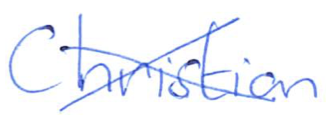
Text: Christian
Cross-out: mix
Writing tool: ballpoint